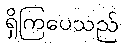
ရှိကြပေသည်